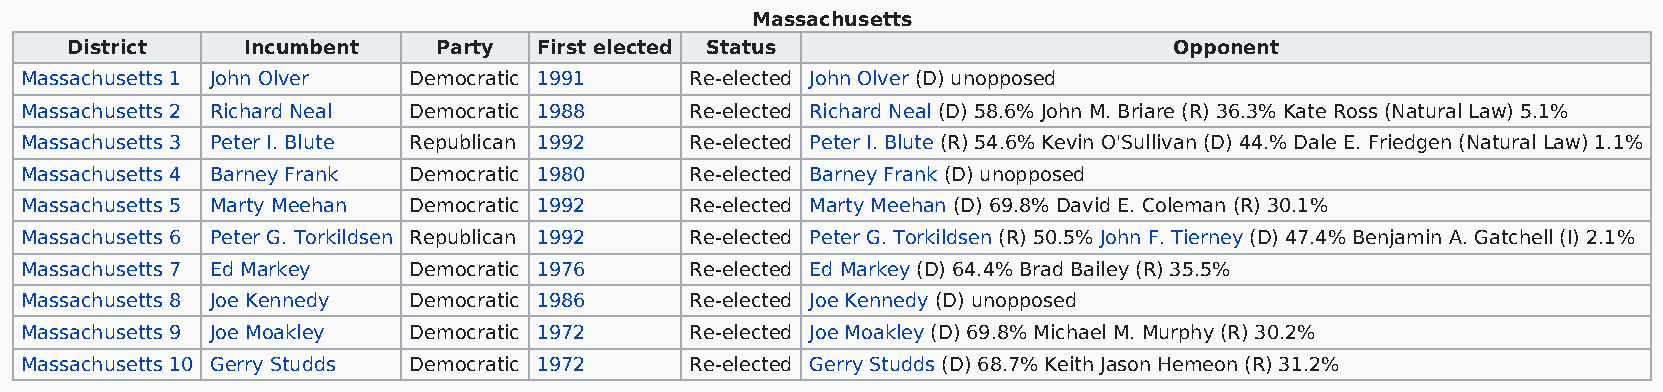
Massachusetts
 District    Incumbent    Party  First elected Status                      Opponent
 Massachusetts 1 John Olver Democratic 1991   Re-elected John Olver (D) unopposed
 Massachusetts 2 Richard Neal Democratic 1988 Re-elected Richard Neal (D) 58.6% John M. Briare (R) 36.3% Kate Ross (Natural Law) 5.1%
 Massachusetts 3 Peter I. Blute Republican 1992 Re-elected Peter I. Blute (R) 54.6% Kevin O'Sullivan (D) 44.% Dale E. Friedgen (Natural Law) 1.1%
 Massachusetts 4 Barney Frank Democratic 1980 Re-elected Barney Frank (D) unopposed
 Massachusetts 5 Marty Meehan Democratic 1992 Re-elected Marty Meehan (D) 69.8% David E. Coleman (R) 30.1%
 Massachusetts 6 Peter G. Torkildsen Republican 1992 Re-elected Peter G. Torkildsen (R) 50.5% John F. Tierney (D) 47.4% Benjamin A. Gatchell (I) 2.1%
 Massachusetts 7 Ed Markey Democratic 1976    Re-elected Ed Markey (D) 64.4% Brad Bailey (R) 35.5%
 Massachusetts 8 Joe Kennedy Democratic 1986  Re-elected Joe Kennedy (D) unopposed
 Massachusetts 9 Joe Moakley Democratic 1972  Re-elected Joe Moakley (D) 69.8% Michael M. Murphy (R) 30.2%
 Massachusetts 10 Gerry Studds Democratic 1972 Re-elected Gerry Studds (D) 68.7% Keith Jason Hemeon (R) 31.2%